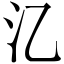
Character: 㲸